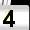
Digit: 4